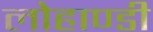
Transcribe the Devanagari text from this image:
लोहाण्डी